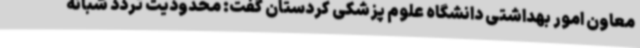
معاون امور بهداشتی دانشگاه علوم پزشکی کردستان گفت: محدودیت تردد شبانه